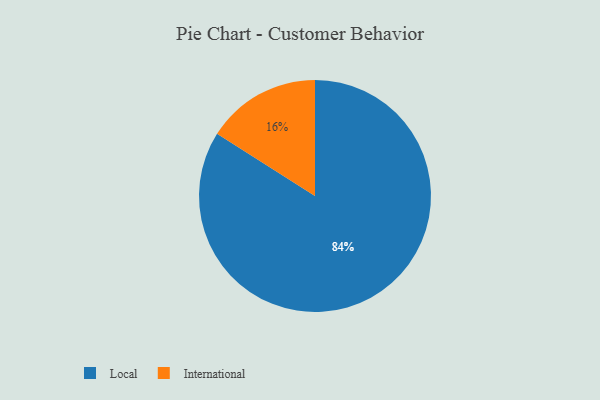
{"axis": {"x": "Category", "y": "Percentage"}, "legend": ["International", "Local"], "data": [{"x": "Local", "y": 84, "type": "Local"}, {"x": "International", "y": 16, "type": "International"}]}